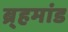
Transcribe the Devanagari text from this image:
ब्र्हमांड